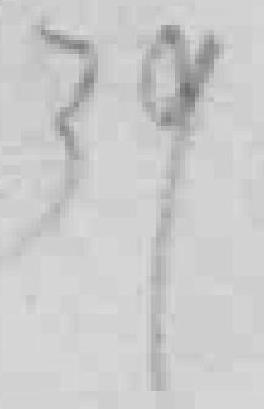
39